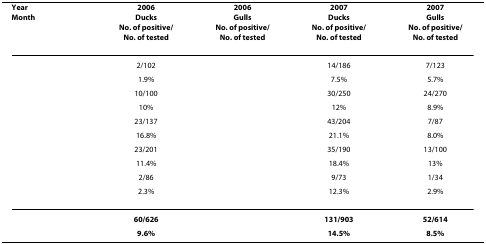
<table><thead><tr><td><b>YearMonth</b></td><td><b>2006DucksNo. of positive/No. of tested</b></td><td><b>2006GullsNo. of positive/No. of tested</b></td><td><b>2007DucksNo. of positive/No. of tested</b></td><td><b>2007GullsNo. of positive/No. of tested</b></td></tr></thead><tbody><tr><td>[EMPTY_CELL]</td><td>2/102</td><td>[EMPTY_CELL]</td><td>14/186</td><td>7/123</td></tr><tr><td>[EMPTY_CELL]</td><td>1.9%</td><td>[EMPTY_CELL]</td><td>7.5%</td><td>5.7%</td></tr><tr><td>[EMPTY_CELL]</td><td>10/100</td><td>[EMPTY_CELL]</td><td>30/250</td><td>24/270</td></tr><tr><td>[EMPTY_CELL]</td><td>10%</td><td>[EMPTY_CELL]</td><td>12%</td><td>8.9%</td></tr><tr><td>[EMPTY_CELL]</td><td>23/137</td><td>[EMPTY_CELL]</td><td>43/204</td><td>7/87</td></tr><tr><td>[EMPTY_CELL]</td><td>16.8%</td><td>[EMPTY_CELL]</td><td>21.1%</td><td>8.0%</td></tr><tr><td>[EMPTY_CELL]</td><td>23/201</td><td>[EMPTY_CELL]</td><td>35/190</td><td>13/100</td></tr><tr><td>[EMPTY_CELL]</td><td>11.4%</td><td>[EMPTY_CELL]</td><td>18.4%</td><td>13%</td></tr><tr><td>[EMPTY_CELL]</td><td>2/86</td><td>[EMPTY_CELL]</td><td>9/73</td><td>1/34</td></tr><tr><td>[EMPTY_CELL]</td><td>2.3%</td><td>[EMPTY_CELL]</td><td>12.3%</td><td>2.9%</td></tr><tr><td>[EMPTY_CELL]</td><td><b>60/626</b></td><td>[EMPTY_CELL]</td><td><b>131/903</b></td><td><b>52/614</b></td></tr><tr><td>[EMPTY_CELL]</td><td><b>9.6%</b></td><td>[EMPTY_CELL]</td><td><b>14.5%</b></td><td><b>8.5%</b></td></tr></tbody></table>